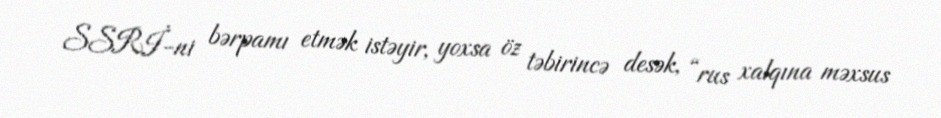
SSRİ-ni bərpamı etmək istəyir, yoxsa öz təbirincə desək, “rus xalqına məxsus